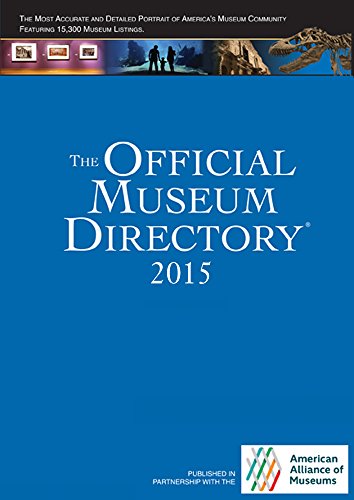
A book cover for The Official Museum Directory 2015; Eileen Fanning; Reference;